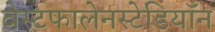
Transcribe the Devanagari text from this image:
वेस्टफालेनस्टेडियॉन